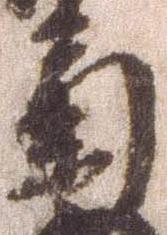
菊